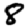
Digit: 8